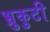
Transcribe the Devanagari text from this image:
भ्रुकुटी